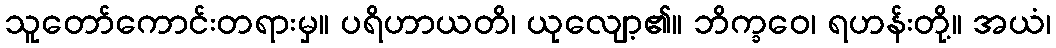
သူတော်ကောင်းတရားမှ။ ပရိဟာယတိ၊ ယုလျော့၏။ ဘိက္ခဝေ၊ ရဟန်းတို့။ အယံ၊